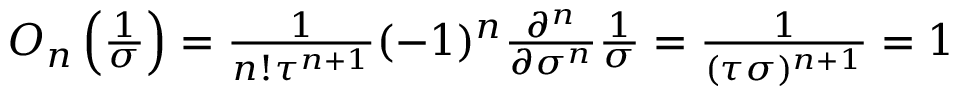
\begin{array} { r } { O _ { n } \left( \frac { 1 } { \sigma } \right) = \frac { 1 } { n ! \tau ^ { n + 1 } } ( - 1 ) ^ { n } \frac { \partial ^ { n } } { \partial \sigma ^ { n } } \frac { 1 } { \sigma } = \frac { 1 } { ( \tau \sigma ) ^ { n + 1 } } = 1 } \end{array}